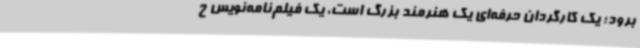
برود؛ یک کارگردان حرفه‌ای یک هنرمند بزرگ است، یک فیلم‌نامه‌نویس ح